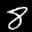
Label: 8